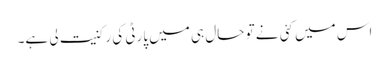
اس میں کئی نے تو حال ہی میں پارٹی کی رکنیت لی ہے۔